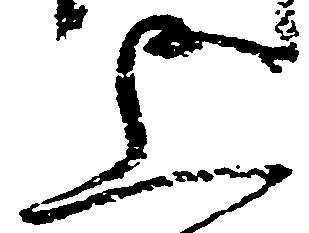
上